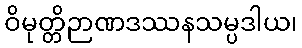
ဝိမုတ္တိဉာဏဒဿနသမ္ပဒါယ၊